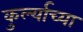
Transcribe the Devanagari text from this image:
कुर्ल्याच्या